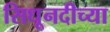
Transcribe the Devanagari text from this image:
सिधूनदीच्या